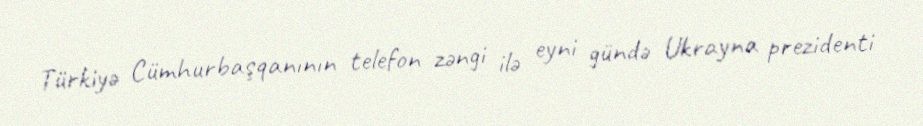
Türkiyə Cümhurbaşqanının telefon zəngi ilə eyni gündə Ukrayna prezidenti